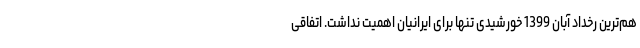
هم‌ترین رخداد آبان 1399 خورشیدی تنها برای ایرانیان اهمیت نداشت. اتفاقی